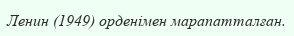
Ленин (1949) орденімен марапатталған.